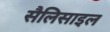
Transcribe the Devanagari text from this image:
सैलिसाइल